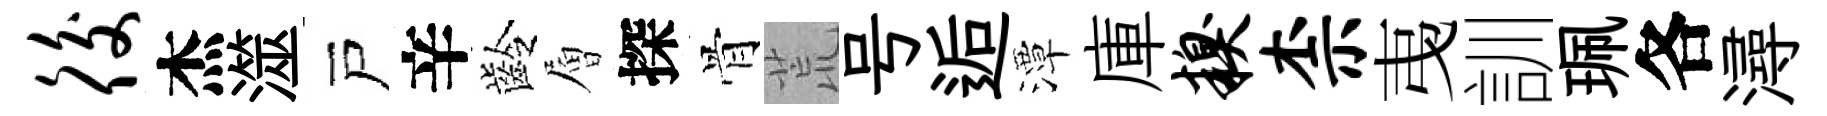
後杰澨戸辛齡層探骨荒号逅潭庫糗柰𢎯訓珮各潯